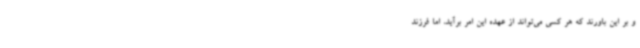
و بر این باورند که هر کسی می‌تواند از عهده این امر برآید، اما فرزند